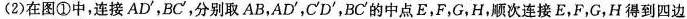
(2)在图①中，连接AD'，BC'，分别取AB，AD'，C'D'，BC'的中点E，F，G，H，顺次连接E，F，G，H得到四边